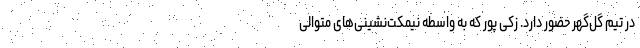
در تیم گل‌گهر حضور دارد. زکی پور که به واسطه نیمکت‌نشینی‌های متوالی